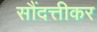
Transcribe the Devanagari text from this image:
सौंदत्तीकर